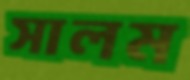
সালম